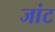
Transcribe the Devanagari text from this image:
जांट